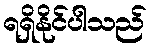
ရရှိနိုင်ပါသည်